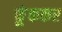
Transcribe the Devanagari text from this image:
फूंककर